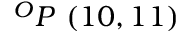
^ { O } P \ ( 1 0 , 1 1 )